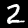
Digit: 2